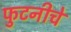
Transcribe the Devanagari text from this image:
फुटनीचे